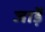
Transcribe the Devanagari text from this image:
जाड़ें